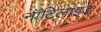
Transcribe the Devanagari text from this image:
नॉटिलाइड